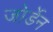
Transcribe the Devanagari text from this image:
जोर्डेन